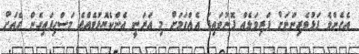
އެހެންވެ ފަޅުވެރިންނަށް ފަރިވަޅެއް ފޮނުވައިފަ އެއްގަމަށް މި އަރަނީ އެންކެޔޮޅުވެއްޖެ މަސްހިފައިގެން ގެއަށް